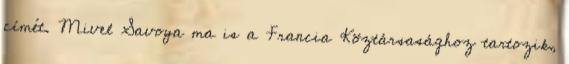
címét. Mivel Savoya ma is a Francia Köztársasághoz tartozik,